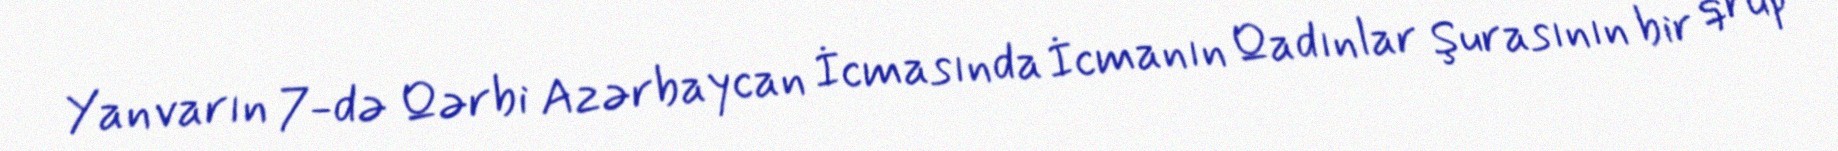
Yanvarın 7-də Qərbi Azərbaycan İcmasında İcmanın Qadınlar Şurasının bir qrup